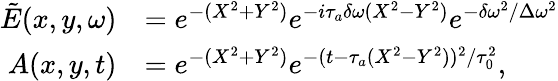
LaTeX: \begin{array}{rl}{\tilde{E}(x,y,\omega)}&{=e^{-(X^{2}+Y^{2})}e^{-i\tau_{a}\delta\omega(X^{2}-Y^{2})}e^{-\delta\omega^{2}/\Delta\omega^{2}}}\\ {A(x,y,t)}&{=e^{-(X^{2}+Y^{2})}e^{-(t-\tau_{a}(X^{2}-Y^{2}))^{2}/\tau_{0}^{2}},}\end{array}